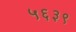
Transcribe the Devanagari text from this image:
५६३९